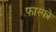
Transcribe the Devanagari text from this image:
फास्‍फो